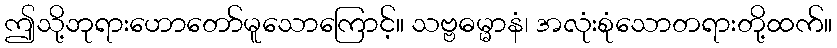
ဤသို့ဘုရားဟောတော်မူသောကြောင့်။ သဗ္ဗဓမ္မာနံ၊ အလုံးစုံသောတရားတို့ထက်။